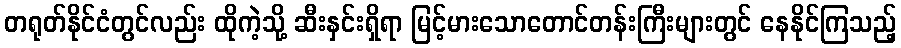
တရုတ်နိုင်ငံတွင်လည်း ထိုကဲ့သို့ ဆီးနှင်းရှိရာ မြင့်မားသောတောင်တန်းကြီးများတွင် နေနိုင်ကြသည့်